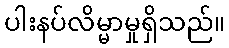
ပါးနပ်လိမ္မာမှုရှိသည်။